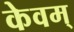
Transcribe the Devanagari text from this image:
केवम्